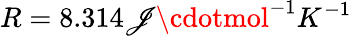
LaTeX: R=8.314\mathscr{J}\cdotmol^{-1}K^{-1}